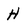
Character: H